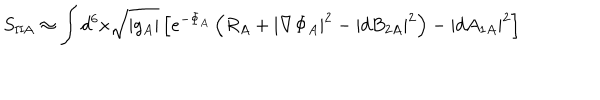
S _ { \mathrm { I I A } } \approx \int d ^ { 6 } x \sqrt { | g _ { A } | } \left[ e ^ { - \Phi _ { A } } \left( R _ { A } + | \nabla \Phi _ { A } | ^ { 2 } - | d B _ { 2 A } | ^ { 2 } \right) - | d A _ { 1 A } | ^ { 2 } \right]